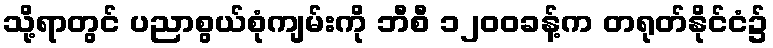
သို့ရာတွင် ပညာစွယ်စုံကျမ်းကို ဘီစီ ၁၂၀၀ခန့်က တရုတ်နိုင်ငံ၌